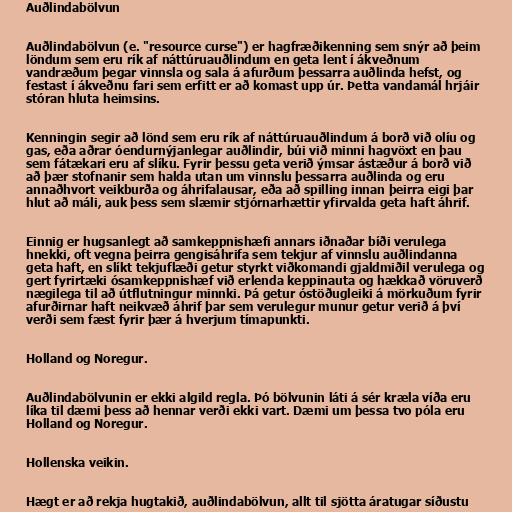
Auðlindabölvun

Auðlindabölvun (e. "resource curse") er hagfræðikenning sem snýr að þeim
löndum sem eru rík af náttúruauðlindum en geta lent í ákveðnum
vandræðum þegar vinnsla og sala á afurðum þessarra auðlinda hefst, og
festast í ákveðnu fari sem erfitt er að komast upp úr. Þetta vandamál hrjáir
stóran hluta heimsins.

Kenningin segir að lönd sem eru rík af náttúruauðlindum á borð við olíu og
gas, eða aðrar óendurnýjanlegar auðlindir, búi við minni hagvöxt en þau
sem fátækari eru af slíku. Fyrir þessu geta verið ýmsar ástæður á borð við
að þær stofnanir sem halda utan um vinnslu þessarra auðlinda og eru
annaðhvort veikburða og áhrifalausar, eða að spilling innan þeirra eigi þar
hlut að máli, auk þess sem slæmir stjórnarhættir yfirvalda geta haft áhrif.

Einnig er hugsanlegt að samkeppnishæfi annars iðnaðar bíði verulega
hnekki, oft vegna þeirra gengisáhrifa sem tekjur af vinnslu auðlindanna
geta haft, en slíkt tekjuflæði getur styrkt viðkomandi gjaldmiðil verulega og
gert fyrirtæki ósamkeppnishæf við erlenda keppinauta og hækkað vöruverð
nægilega til að útflutningur minnki. Þá getur óstöðugleiki á mörkuðum fyrir
afurðirnar haft neikvæð áhrif þar sem verulegur munur getur verið á því
verði sem fæst fyrir þær á hverjum tímapunkti.

Holland og Noregur.

Auðlindabölvunin er ekki algild regla. Þó bölvunin láti á sér kræla víða eru
líka til dæmi þess að hennar verði ekki vart. Dæmi um þessa tvo póla eru
Holland og Noregur.

Hollenska veikin.

Hægt er að rekja hugtakið, auðlindabölvun, allt til sjötta áratugar síðustu